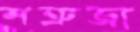
শত্রুজা